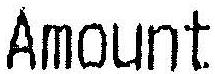
AMOUNT